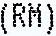
(RM)